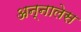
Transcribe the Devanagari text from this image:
अन्नालेस